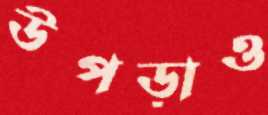
উপড়াও